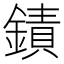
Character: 䥊